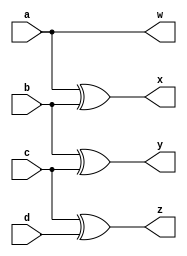
`timescale 1ns/1ns

module BinarytoGray (a, b, c, d, w, x, y, z);
    input a, b, c, d;
    output w, x ,y ,z;

    assign w = a;
    xor(x, a, b);
    xor(y, b, c);
    xor(z, c, d);
    

endmodule 

module BinarytoGray_tb;

    reg a = 1'b0;
    reg b = 1'b0;
    reg c = 1'b0;
    reg d = 1'b0;

    wire w, x, y, z;

    BinarytoGray h1(a,b,c,d,w,x,y,z);

    initial
    begin
        $dumpfile("BinarytoGray.vcd");
        $dumpvars(0, BinarytoGray_tb);
    end

    initial
    begin
        a = 1'b0;
        b = 1'b0;
        c = 1'b0;
        d = 1'b0;
        #10;
        a = 1'b0;
        b = 1'b0;
        c = 1'b0;
        d = 1'b1;
        #10;
        a = 1'b0;
        b = 1'b0;
        c = 1'b1;
        d = 1'b0;
        #10;
        a = 1'b0;
        b = 1'b0;
        c = 1'b1;
        d = 1'b1;
        #10;
        a = 1'b0;
        b = 1'b1;
        c = 1'b0;
        d = 1'b0;
        #10;
        a = 1'b0;
        b = 1'b1;
        c = 1'b0;
        d = 1'b1;
        #10;
        a = 1'b0;
        b = 1'b1;
        c = 1'b1;
        d = 1'b0;
        #10;
        a = 1'b0;
        b = 1'b1;
        c = 1'b1;
        d = 1'b1;
        #10;
        a = 1'b1;
        b = 1'b0;
        c = 1'b0;
        d = 1'b0;
        #10;
        a = 1'b1;
        b = 1'b0;
        c = 1'b0;
        d = 1'b1;
        #10;
        a = 1'b1;
        b = 1'b0;
        c = 1'b1;
        d = 1'b0;
        #10;
        a = 1'b1;
        b = 1'b0;
        c = 1'b1;
        d = 1'b1;
        #10;
        a = 1'b1;
        b = 1'b1;
        c = 1'b0;
        d = 1'b0;
        #10;
        a = 1'b1;
        b = 1'b1;
        c = 1'b0;
        d = 1'b1;
        #10;
        a = 1'b1;
        b = 1'b1;
        c = 1'b1;
        d = 1'b0;
        #10;
        a = 1'b1;
        b = 1'b1;
        c = 1'b1;
        d = 1'b1;
        #10;
    end

    initial
    begin
        $monitor("A = %d\tB = %d\tC = %d\tD = %d\t\tW = %d\tX = %d\tY = %d\tZ = %d\t",a,b,c,d,w,x,y,z);
    end

endmodule